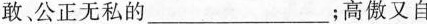
敢公正无私的___；高傲又自